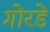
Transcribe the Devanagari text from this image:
गोरडे